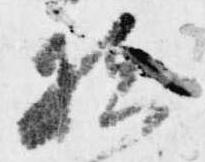
扶